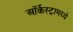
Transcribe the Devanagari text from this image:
ऑर्केस्ट्रामध्ये